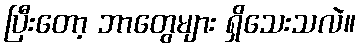
ပြီးတော့ ဘာတွေများ ရှိသေးသလဲ။